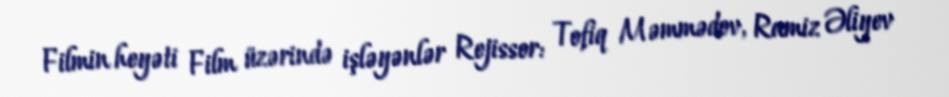
Filmin heyəti Film üzərində işləyənlər Rejissor: Tofiq Məmmədov, Ramiz Əliyev